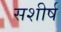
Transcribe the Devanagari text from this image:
सशीर्ष